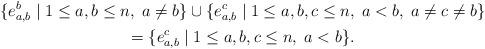
LaTeX: \begin{gather*} \{e_{a,b}^{b}\mid 1\le a,b \le n,\; a\ne b \}\cup\{e_{a,b}^{c}\mid 1\le a,b,c\le n,\; a< b,\; a\ne c\ne b\}\\ =\{e_{a,b}^{c}\mid 1\le a,b,c\le n,\; a< b\}. \end{gather*}